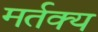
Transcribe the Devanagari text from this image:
मर्तक्य